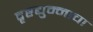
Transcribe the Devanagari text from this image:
दृष्टद्युम्नाचा